Civil Veterinary Department Bengal reports 1923-33 - 1923-1933
Year: 1923
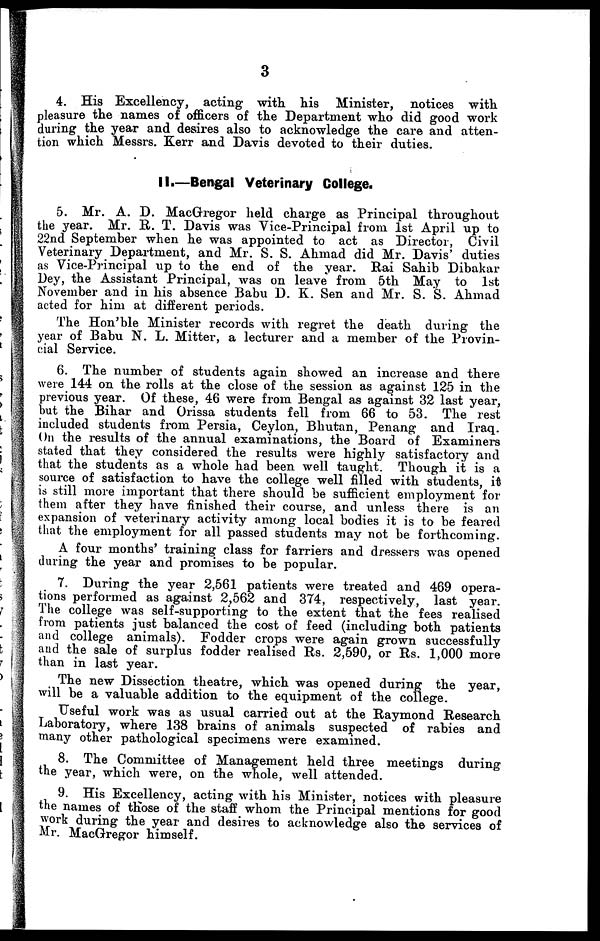
3
4. His Excellency, acting with his Minister, notices with
pleasure the names of officers of the Department who did good work
during the year and desires also to acknowledge the care and atten-
tion which Messrs. Kerr and Davis devoted to their duties.
II.—Bengal Veterinary College.
5. Mr. A. D. MacGregor held charge as Principal throughout
the year. Mr. R. T. Davis was Vice-Principal from 1st April up to
22nd September when he was appointed to act as Director, Civil
Veterinary Department, and Mr. S. S. Ahmad did Mr. Davis' duties
as Vice-Principal up to the end of the year. Rai Sahib Dibakar
Dey, the Assistant Principal, was on leave from 5th May to 1st
November and in his absence Babu D. K. Sen and Mr. S. S. Ahmad
acted for him at different periods.
The Hon'ble Minister records with regret the death during the
year of Babu N. L. Mitter, a lecturer and a member of the Provin-
cial Service.
6. The number of students again showed an increase and there
were 144 on the rolls at the close of the session as against 125 in the
previous year. Of these, 46 were from Bengal as against 32 last year,
but the Bihar and Orissa students fell from 66 to 53. The rest
included students from Persia, Ceylon, Bhutan, Penang and Iraq.
On the results of the animal examinations, the Board of Examiners
stated that they considered the results were highly satisfactory and
that the students as a whole had been well taught. Though it is a
source of satisfaction to have the college well filled with students, it
is still more important that there should be sufficient employment for
them after they have finished their course, and unless there is an
expansion of veterinary activity among local bodies it is to be feared
that the employment for all passed students may not be forthcoming.
A four months' training class for farriers and dressers was opened
during the year and promises to be popular.
7. During the year 2,561 patients were treated and 469 opera-
tions performed as against 2,562 and 374, respectively, last year.
The college was self-supporting to the extent that the fees realised
from patients just balanced the cost of feed (including both patients
and college animals). Fodder crops were again grown successfully
and the sale of surplus fodder realised Rs. 2,590, or Rs. 1,000 more
than in last year.
The new Dissection theatre, which was opened during the year,
will be a valuable addition to the equipment of the college.
Useful work was as usual carried out at the Raymond Research
Laboratory, where 138 brains of animals suspected of rabies and
many other pathological specimens were examined.
8. The Committee of Management held three meetings during
the year, which were, on the whole, well attended.
9. His Excellency, acting with his Minister, notices with pleasure
the names of those of the staff whom the Principal mentions for good
work during the year and desires to acknowledge also the services of
Mr. MacGregor himself.